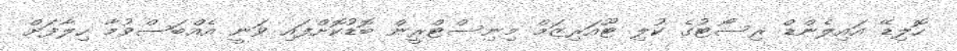
ހޮލިޑޭ އައިލެންޑް ރިސޯޓުގެ ކުލި ޓޫއަރިޒަމް މިނިސްޓްރީން ބޮޑުކޮށްފައި ވަނީ އެއްބަސްވުމާ ހިލާފަށް